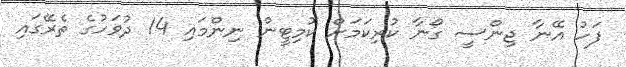
ފަހު އޭނާ ޖިންސީ ގޯނާ ކުރިކަމަށް ކޮމިޓީން ނިންމައި 14 ދުވަހުގެ ތެރޭގައި